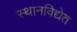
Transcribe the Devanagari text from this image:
स्थानविद्येत